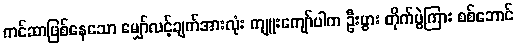
ကင်ဆာဖြစ်နေသော မျှော်လင့်ချက်အားလုံး ကျူးကျော်ပါက ဦးပွား တိုက်ပွဲကြား စစ်ဘောင်